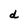
Character: d